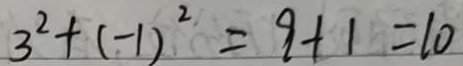
3 ^ { 2 } + ( - 1 ) ^ { 2 } = 9 + 1 = 1 0